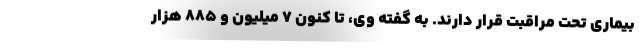
بیماری تحت مراقبت قرار دارند. به گفته وی، تا کنون ۷ میلیون و ۸۸۵ هزار